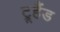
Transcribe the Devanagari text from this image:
ट्रूहैंड